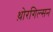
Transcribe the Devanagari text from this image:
थ़ोरगिल्सन